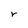
Character: r